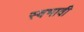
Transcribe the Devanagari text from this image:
स्वभावी